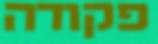
פקודה